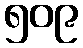
၅၀၉